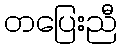
တပြေးညီ